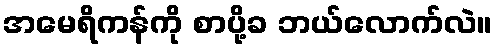
အမေရိကန်ကို စာပို့ခ ဘယ်လောက်လဲ။